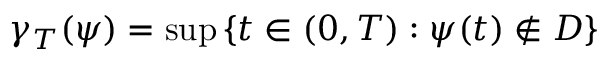
\gamma _ { T } ( \psi ) = \operatorname* { s u p } \left\{ t \in ( 0 , T ) : \psi ( t ) \notin D \right\}